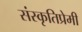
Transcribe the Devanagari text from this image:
संस्कृतिप्रेमी